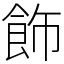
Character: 飾